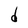
Character: d